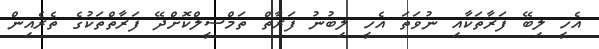
އެހީ ލިބޭ ފަރާތަކާއި ނުވަތަ އެހީ ލިބުނު ފަރާތް ތަމްސީލްކޮށްދޭ ފަރާތްތަކުގެ ތެރެއިން